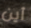
أين